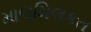
માલમિલકત